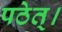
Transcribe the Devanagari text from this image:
पठेत्।